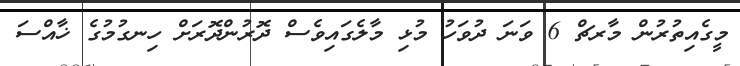
މީގެއިތުރުން މާރޗް 6 ވަނަ ދުވަހު މުޅި މާލެގައިވެސް ދޮރުންދޮރަށް ހިނގުމުގެ ޚާއްސަ